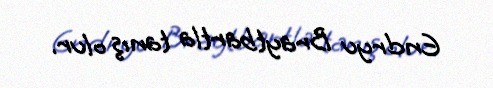
Endryu Braytbartla tanış olur.